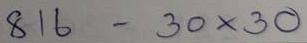
816 - 30 x 30